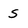
Character: S